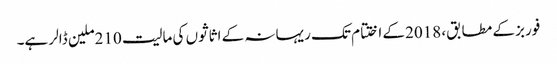
فوربز کے مطابق، 2018کے اختتام تک ریہانہ کے اثاثوں کی مالیت 210ملین ڈالر ہے۔